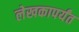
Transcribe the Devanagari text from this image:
लेखकापर्यंत